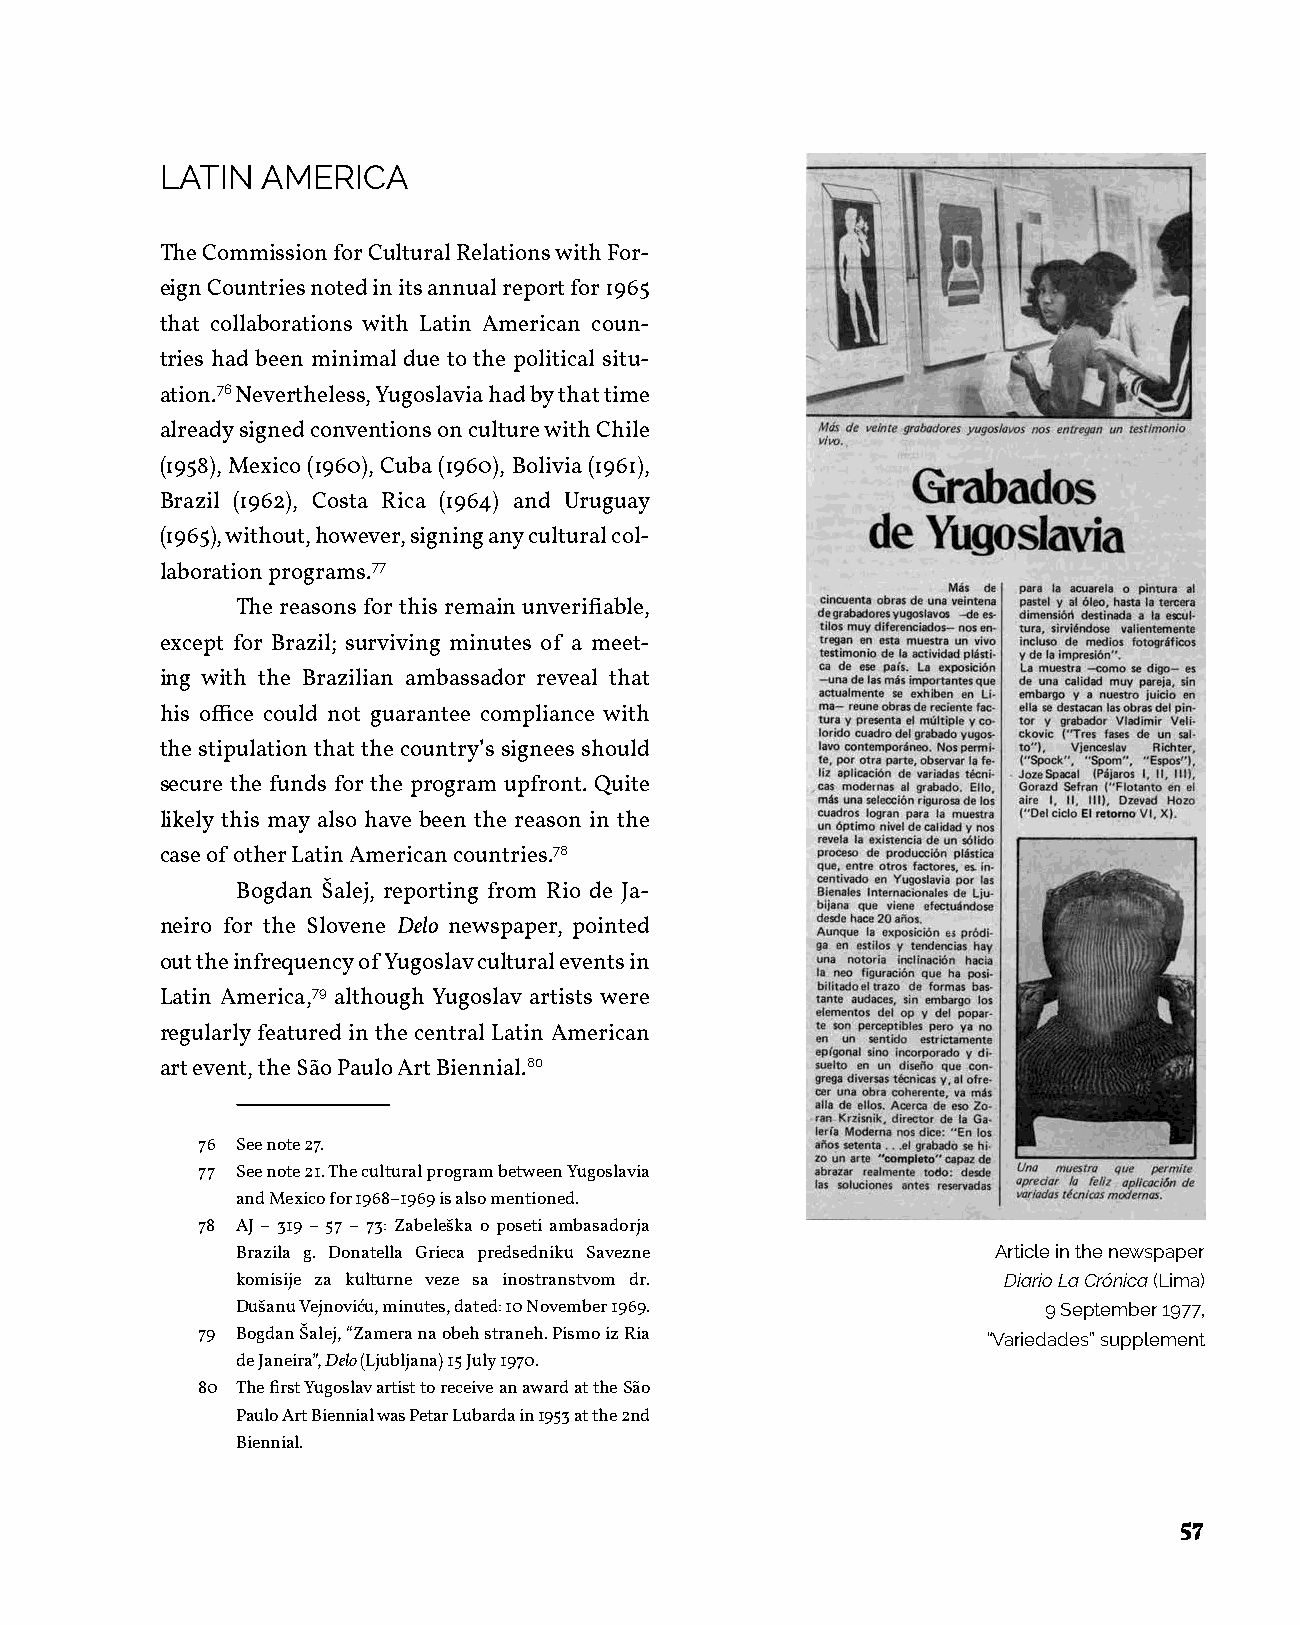
LATIN AMERICA
 The Commission for Cultural Relations with For-
 eign Countries noted in its annual report for 1965
 that collaborations with Latin American coun-
 tries had been minimal due to the political situ-
 ation.76 Nevertheless, Yugoslavia had by that time
 already signed conventions on culture with Chile
 (1958), Mexico (1960), Cuba (1960), Bolivia (1961),
 Brazil (1962), Costa Rica (1964) and Uruguay
 (1965), without, however, signing any cultural col-
 laboration programs.77
 The reasons for this remain unverifiable,
 except for Brazil; surviving minutes of a meet-
 ing with the Brazilian ambassador reveal that
 his office could not guarantee compliance with
 the stipulation that the country’s signees should
 secure the funds for the program upfront. Quite
 likely this may also have been the reason in the
 case of other Latin American countries.78
 Bogdan Šalej, reporting from Rio de Ja-
 neiro for the Slovene Delo newspaper, pointed
 out the infrequency of Yugoslav cultural events in
 Latin America,79 although Yugoslav artists were
 regularly featured in the central Latin American
 art event, the São Paulo Art Biennial.80
 76 See note 27.
 77 See note 21. The cultural program between Yugoslavia
 and Mexico for 1968–1969 is also mentioned.
 78 AJ – 319 – 57 – 73: Zabeleška o poseti ambasadorja
 Brazila g. Donatella Grieca predsedniku Savezne   Article in the newspaper
 komisije za kulturne veze sa inostranstvom dr.    Diario La Crónica (Lima)
 Dušanu Vejnoviću, minutes, dated: 10 November 1969.  9 September 1977,
 79 Bogdan Šalej, “Zamera na obeh straneh. Pismo iz Ria “Variedades” supplement
 de Janeira”, Delo (Ljubljana) 15 July 1970.
 80 The first Yugoslav artist to receive an award at the São
 Paulo Art Biennial was Petar Lubarda in 1953 at the 2nd
 Biennial.
 57